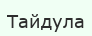
Тайдула